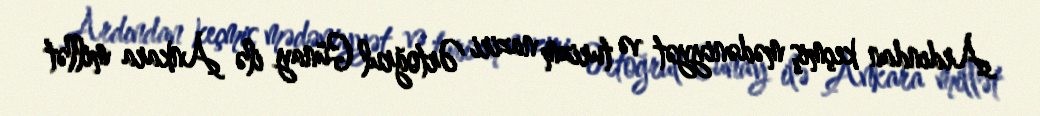
Ardından keçmiş mədəniyyət və turizm naziri Ərtoğrul Günay ilə Ankara millət